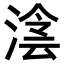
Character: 𣸮